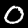
Digit: 0